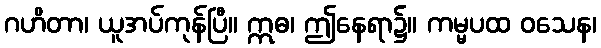
ဂဟိတာ၊ ယူအပ်ကုန်ပြီ။ ဣဓ၊ ဤနေရာ၌။ ကမ္မပထ ဝသေန၊